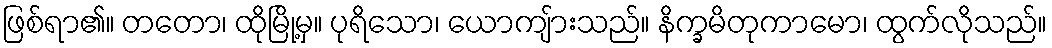
ဖြစ်ရာ၏။ တတော၊ ထိုမြို့မှ။ ပုရိသော၊ ယောကျ်ားသည်။ နိက္ခမိတုကာမော၊ ထွက်လိုသည်။